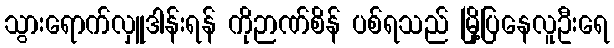
သွားရောက်လှူဒါန်းရန် ကိုဉာဏ်စိန် ပစ်ရသည် မြို့ပြနေလူဦးရေ